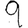
Digit: 9